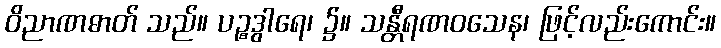
ဝိညာဏဓာတ် သည်။ ပဉ္စဒွါရေ၊ ၌။ သန္တီရဏဝသေန၊ ဖြင့်လည်းကောင်း။